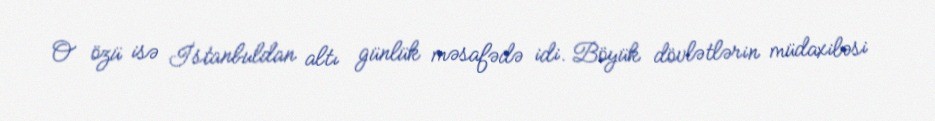
O özü isə İstanbuldan altı günlük məsafədə idi. Böyük dövlətlərin müdaxiləsi